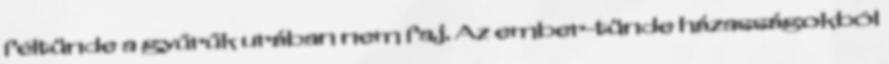
féltünde a gyűrűk urában nem faj. Az ember-tünde házasságokból